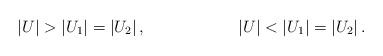
LaTeX: \begin{align*}&\left| U\right|>\left| U_1\right|=\left| U_2\right|,&\left| U\right|<\left| U_1\right|=\left| U_2\right|.\end{align*}